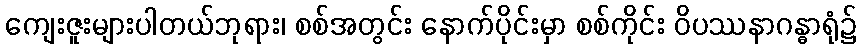
ကျေးဇူးများပါတယ်ဘုရား၊ စစ်အတွင်း နောက်ပိုင်းမှာ စစ်ကိုင်း ဝိပဿနာဂန္ဓာရုံ၌